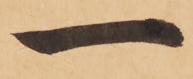
一